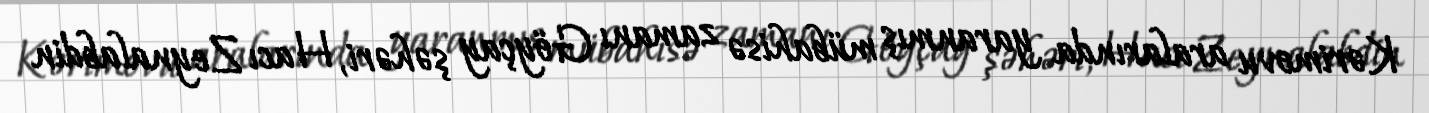
Kərimovu aralarında yaranmış mübahisə zamanı Göyçay şəhəri, Hacı Zeynalabdin